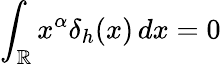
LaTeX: \int_{\mathbb{R}}x^{\alpha}\delta_{h}(x)\, dx=0